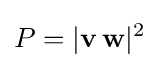
P=|\mathbf {v} \,\mathbf {w} |^{2}